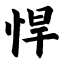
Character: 悍